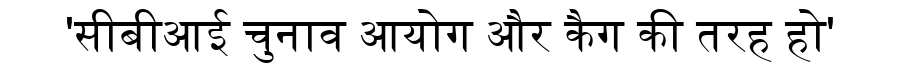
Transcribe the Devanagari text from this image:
'सीबीआई चुनाव आयोग और कैग की तरह हो'